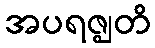
အပရဇ္ဈတိ